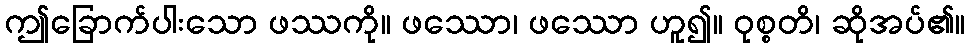
ဤခြောက်ပါးသော ဖဿကို။ ဖဿော၊ ဖဿော ဟူ၍။ ဝုစ္စတိ၊ ဆိုအပ်၏။